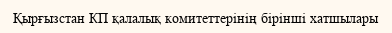
Қырғызстан КП қалалық комитеттерінің бірінші хатшылары